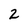
Character: 2